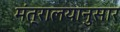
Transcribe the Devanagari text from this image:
मंत्रालयानुसार